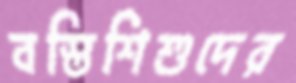
বস্তিশিশুদের